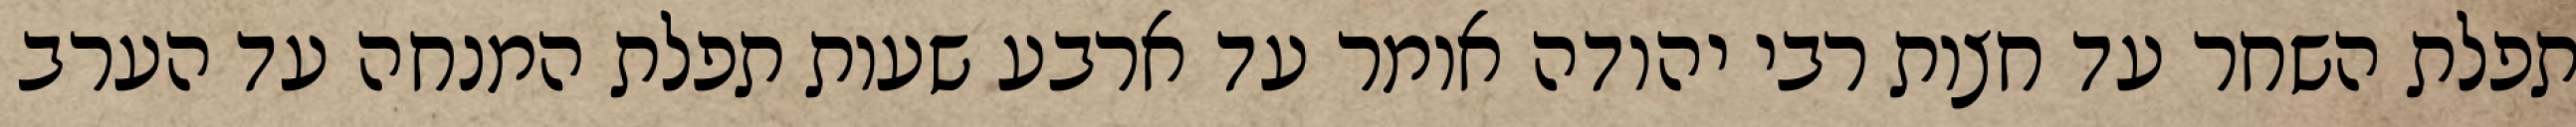
תפלת השחר עד חצות רבי יהודה אומר עד ארבע שעות תפלת המנחה עד הערב